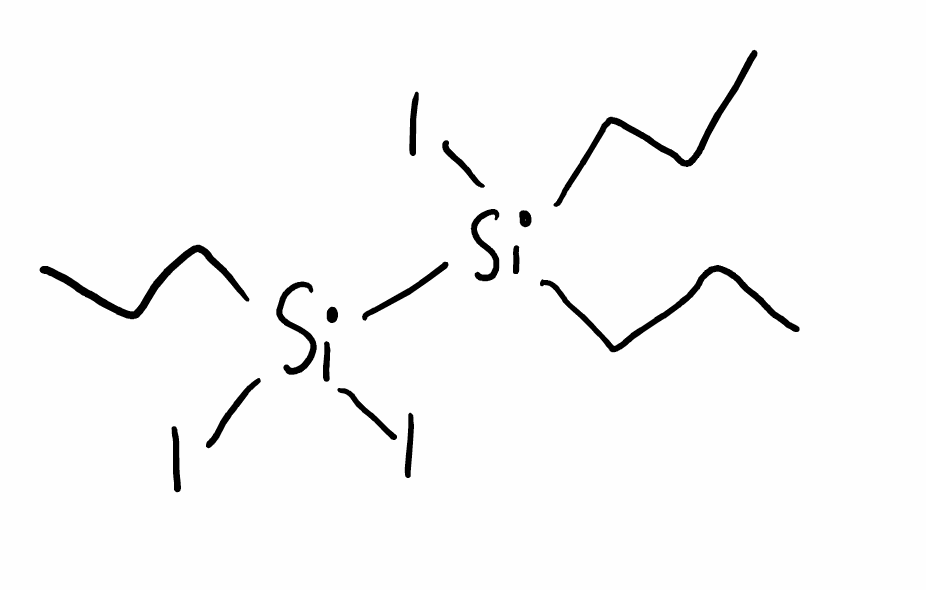
Simplified molecular-input line-entry system (SMILES) notation of the given molecule:
CCC[Si](CCC)([Si](CCC)(I)I)I